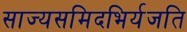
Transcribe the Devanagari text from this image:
साज्यसमिदभिर्यजति